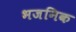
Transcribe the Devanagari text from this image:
भजनिक